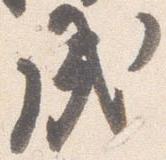
戌